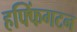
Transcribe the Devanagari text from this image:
हफ्फिंगटन